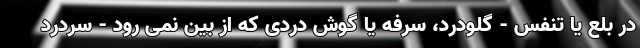
در بلع یا تنفس - گلودرد، سرفه یا گوش دردی که از بین نمی رود - سردرد